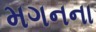
મગનના